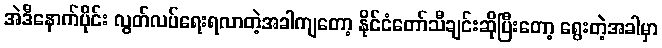
အဲဒီနောက်ပိုင်း လွတ်လပ်ရေးရလာတဲ့အခါကျတော့ နိုင်ငံတော်သီချင်းဆိုပြီးတော့ ရွေးတဲ့အခါမှာ